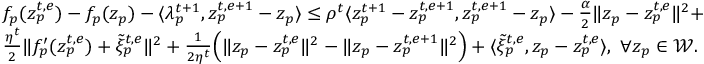
\begin{array} { r l } & { f _ { p } ( z _ { p } ^ { t , e } ) - f _ { p } ( z _ { p } ) - \langle \lambda _ { p } ^ { t + 1 } , z _ { p } ^ { t , e + 1 } - z _ { p } \rangle \leq \rho ^ { t } \langle z _ { p } ^ { t + 1 } - z _ { p } ^ { t , e + 1 } , z _ { p } ^ { t , e + 1 } - z _ { p } \rangle - \frac { \alpha } { 2 } \| z _ { p } - z _ { p } ^ { t , e } \| ^ { 2 } + } \\ & { \frac { \eta ^ { t } } { 2 } \| f _ { p } ^ { \prime } ( z _ { p } ^ { t , e } ) + \tilde { \xi } _ { p } ^ { t , e } \| ^ { 2 } + \frac { 1 } { 2 \eta ^ { t } } \Big ( \| z _ { p } - z _ { p } ^ { t , e } \| ^ { 2 } - \| z _ { p } - z _ { p } ^ { t , e + 1 } \| ^ { 2 } \Big ) + \langle \tilde { \xi } _ { p } ^ { t , e } , z _ { p } - z _ { p } ^ { t , e } \rangle , \ \forall z _ { p } \in \mathcal { W } . } \end{array}